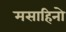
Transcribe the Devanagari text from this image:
मसाहिनो